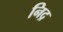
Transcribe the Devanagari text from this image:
निद्र